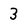
Character: 3